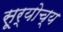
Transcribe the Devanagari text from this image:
सूर्योच्य